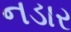
નડાર